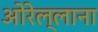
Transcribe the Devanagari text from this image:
ओरेल्लाना